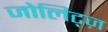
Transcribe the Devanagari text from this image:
जोलिट्ज़